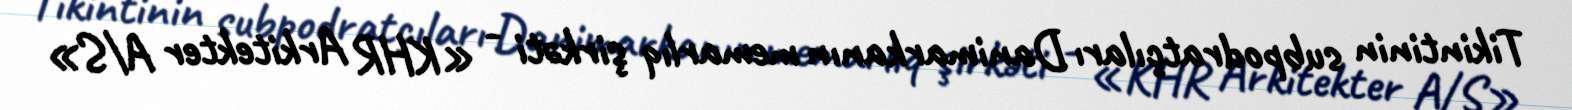
Tikintinin subpodratçıları Danimarkanın memarlıq şirkəti - «KHR Arkitekter A/S»